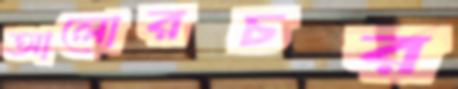
আলোরচর